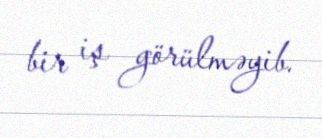
bir iş görülməyib.